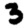
Digit: 3